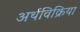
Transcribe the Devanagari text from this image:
अर्थविक्रिया